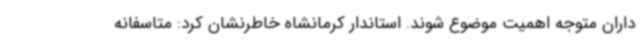
داران متوجه اهمیت موضوع شوند. استاندار کرمانشاه خاطرنشان کرد: متاسفانه